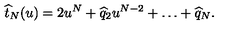
\widehat t _ { N } ( u ) = 2 u ^ { N } + \widehat q _ { 2 } u ^ { N - 2 } + \ldots + \widehat q _ { N } .